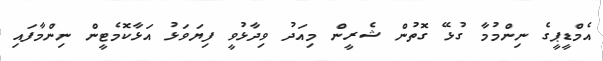
އެމްޑީޕީގެ ނިންމުމާ ގުޅޭ ގޮތުން ޝެރީން މިއަދު ވިދާޅުވީ ފިޔަވަޅު އަޅާކޮމެޓީން ނިންމާފައި